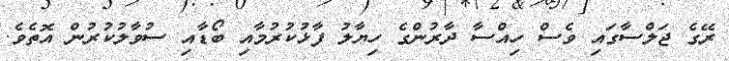
ރޭގެ ޖަލްސާގައި ވެސް ހިއްސާ ދާރުންގެ ހިޔާލު ފާޅުކުރުމާއި ބޯޑާއި ސުވާލުކުރުން އޮތެވެ.